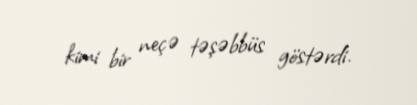
kimi bir neçə təşəbbüs göstərdi.